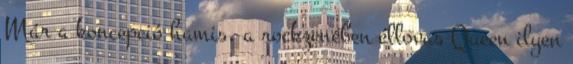
Már a koncepció hamis, a rockzenében éllovas Queen ilyen